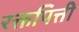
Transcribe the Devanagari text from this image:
रक्तपित्ती